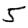
Digit: 5